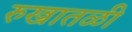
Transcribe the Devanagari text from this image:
रुखातळी